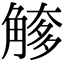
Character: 𧤌